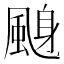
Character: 𱃁